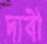
দাবী